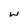
Character: w